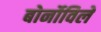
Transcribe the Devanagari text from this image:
बोर्नोविले